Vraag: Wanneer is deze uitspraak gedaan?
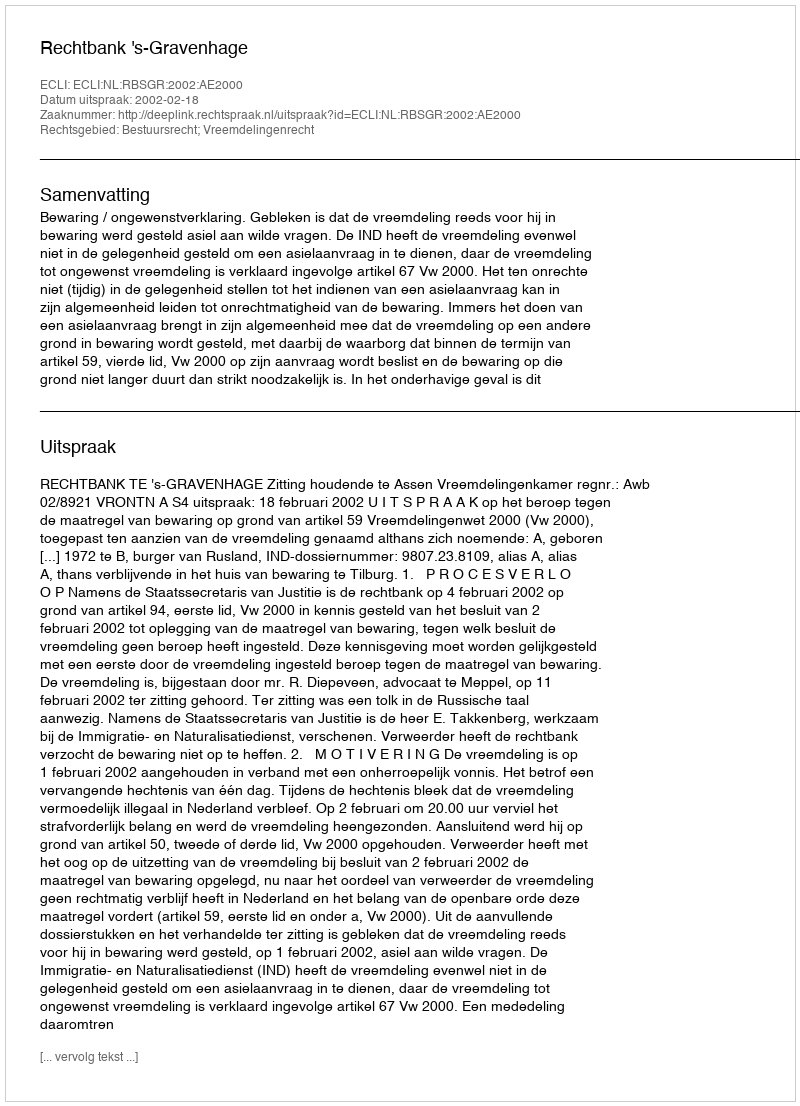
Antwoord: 2002-02-18